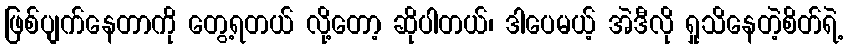
ဖြစ်ပျက်နေတာကို တွေ့ရတယ် လို့တော့ ဆိုပါတယ်၊ ဒါပေမယ့် အဲဒီလို ရှုသိနေတဲ့စိတ်ရဲ့